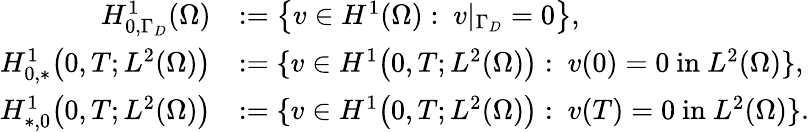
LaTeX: \begin{array}{rl}{H_{0,\Gamma_{D}}^{1}(\Omega)}&{:=\left\{ v\in H^{1}(\Omega):\ v|_{\Gamma_{D}}=0\right\} ,}\\ {H_{0,*}^{1}\big(0,T;L^{2}(\Omega)\big)}&{:=\{ v\in H^{1}\big(0,T;L^{2}(\Omega)\big):\ v(0)=0\ \mathrm{in}\ L^{2}(\Omega)\} ,}\\ {H_{*,0}^{1}\big(0,T;L^{2}(\Omega)\big)}&{:=\{ v\in H^{1}\big(0,T;L^{2}(\Omega)\big):\ v(T)=0\ \mathrm{in}\ L^{2}(\Omega)\} .}\end{array}